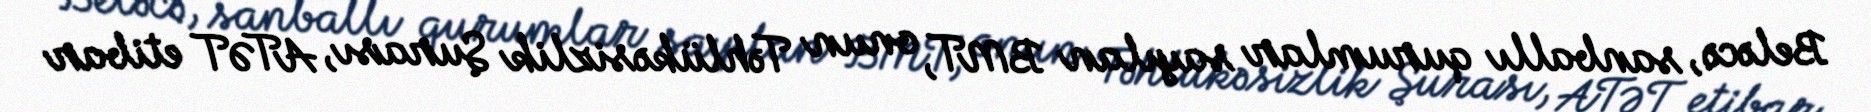
Beləcə, sanballı qurumlar sayılan BMT, onun Təhlükəsizlik Şurası, ATƏT etibar